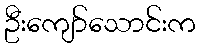
ဦးကျော်သောင်းက